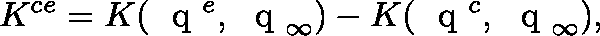
K ^ { c e } = K ( \mathrm { ~ \boldmath ~ q ~ } ^ { e } , \mathrm { ~ \boldmath ~ q ~ } _ { \infty } ) - K ( \mathrm { ~ \boldmath ~ q ~ } ^ { c } , \mathrm { ~ \boldmath ~ q ~ } _ { \infty } ) ,